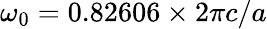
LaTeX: \omega_{0}=0.82606\times 2\pi c/a